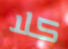
كلا